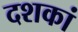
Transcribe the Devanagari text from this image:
दशकां